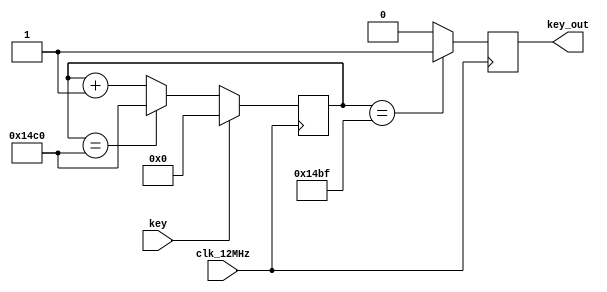
module debounce(
	input key,					// 未防抖信号
	input clk_12MHz,			// 12MHz时钟
	output reg key_out		// 防抖后信号
);

reg [12:0]cnt;		// 13位计数器

always @(posedge clk_12MHz)begin
	if(key)
		cnt <= 0;
	else if(cnt==13'd120000)
		cnt <= 13'd120000;
	else
		cnt <= cnt+1;
		
	if(cnt==13'd119999)
		key_out <=1'b1;
	else
		key_out <=1'b0;
end


endmodule